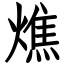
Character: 燋